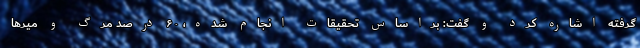
گرفته اشاره کرد و گفت: براساس تحقیقات انجام شده، ۶۰ درصد مرگ و میرها